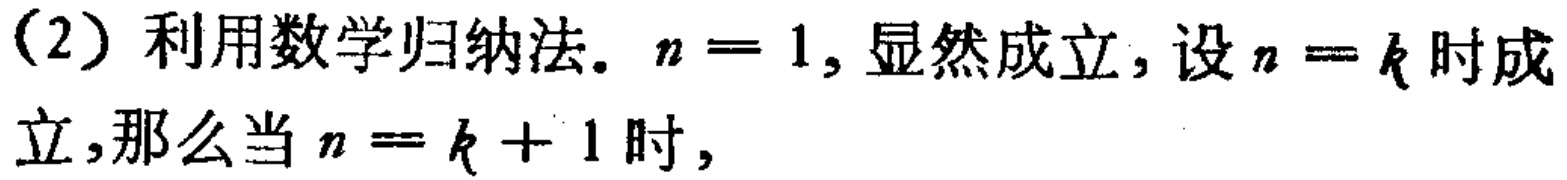
（2）利用数学归纳法。$n = 1$, 显然成立，设$n = k$时成立，那么当$n = k + 1$时，